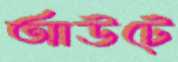
আউটে